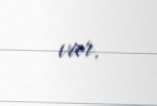
var.